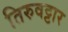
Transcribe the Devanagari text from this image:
तिरुवट्टार